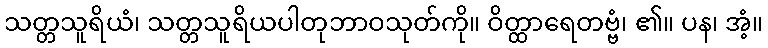
သတ္တသူရိယံ၊ သတ္တသူရိယပါတုဘာဝသုတ်ကို။ ဝိတ္ထာရေတဗ္ဗံ၊ ၏။ ပန၊ အံ့။